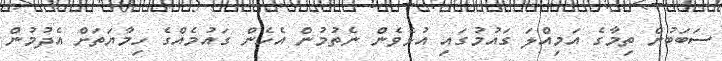
ސަބަބުން ތިމާގެ އަމިއްލަ ގައުމުގައި އުޅެވެން ނެތުމުން އެހެން ގައުމެއްގެ ހިމާޔަތަށް އެދުމުން